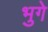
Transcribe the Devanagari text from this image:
भुगे